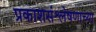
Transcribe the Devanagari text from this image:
प्रकाशसंश्लेषणाच्या